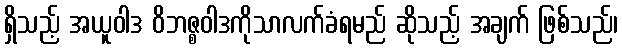
ရှိသည့် အယူဝါဒ ဝိဘဇ္စဝါဒကိုသာလက်ခံရမည် ဆိုသည့် အချက် ဖြစ်သည်၊